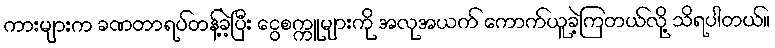
ကားများက ခဏတာရပ်တန့်ခဲ့ပြီး ငွေစက္ကူများကို အလုအယက် ကောက်ယူခဲ့ကြတယ်လို့ သိရပါတယ်။